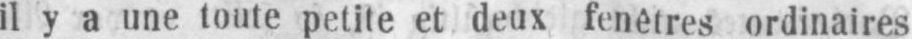
il y a une toute petite et deux fenêtres ordinaires